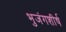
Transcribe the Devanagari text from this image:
भुजंगशीर्ष